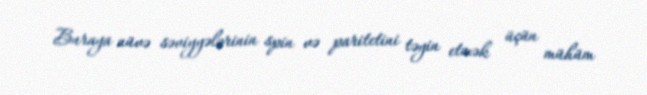
Buraya nüvə səviyyələrinin spin və paritetini təyin etmək üçün mühüm